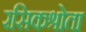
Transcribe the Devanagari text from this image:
रसिकश्रोता